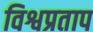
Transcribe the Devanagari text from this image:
विश्वप्रताप